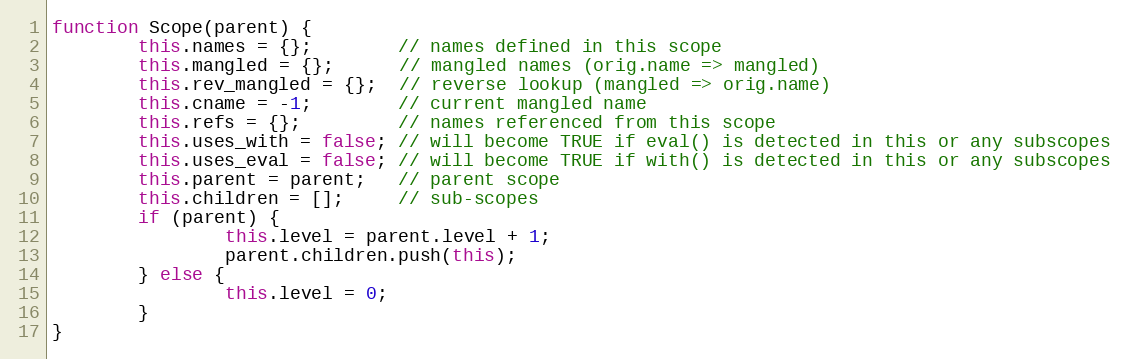
Language: JavaScript
function Scope(parent) {
        this.names = {};        // names defined in this scope
        this.mangled = {};      // mangled names (orig.name => mangled)
        this.rev_mangled = {};  // reverse lookup (mangled => orig.name)
        this.cname = -1;        // current mangled name
        this.refs = {};         // names referenced from this scope
        this.uses_with = false; // will become TRUE if eval() is detected in this or any subscopes
        this.uses_eval = false; // will become TRUE if with() is detected in this or any subscopes
        this.parent = parent;   // parent scope
        this.children = [];     // sub-scopes
        if (parent) {
                this.level = parent.level + 1;
                parent.children.push(this);
        } else {
                this.level = 0;
        }
}